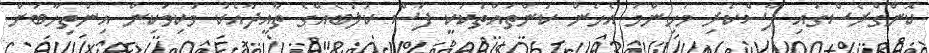
ކޮންގްރެސްގައި ފާސްކުރި މުހިންމު އެހެން ކަންތައްތަކަކީ ފަސް ކުލަބެއްގެ ތާއީދާއެކު ވަކިވަކިން އިންތިހާބަށް